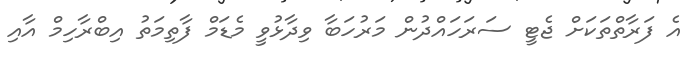
އެ ފަރާތްތަކަށް ޖެޓީ ސަރަހައްދުން މަރުހަބާ ވިދާޅުވީ މެޑަމް ފާތިމަތު އިބްރާހިމް އާއި